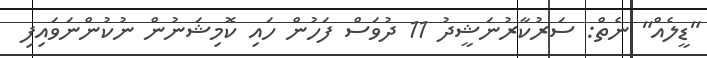
"ޑީލެއް" ނެތް: ސަރުކާރުނަޝީދު 11 ދުވަސް ފަހުން ހައި ކޮމިޝަނުން ނުކުންނަވައިފި